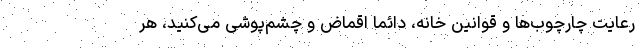
رعایت چارچوب‌ها و قوانین خانه، دائما اقماض و چشم‌پوشی می‌کنید، هر